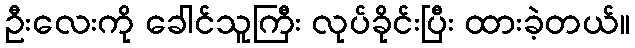
ဦးလေးကို ခေါင်သူကြီး လုပ်ခိုင်းပြီး ထားခဲ့တယ်။